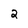
Character: 2